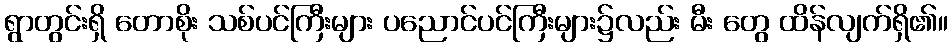
ရွာတွင်းရှိ တောစိုး သစ်ပင်ကြီးများ ပညောင်ပင်ကြီးများ၌လည်း မီး တွေ ထိန်လျက်ရှိ၏။